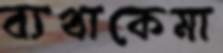
ব্যথাকেমা